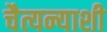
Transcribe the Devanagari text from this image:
चैत्यन्याशी